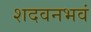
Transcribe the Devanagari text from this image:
शदवनभवं